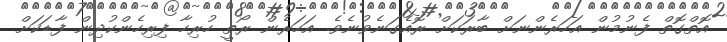
އޮތްގޮތް ފެނުމުން އަހަރެންނަށް ބާރަކަށް ރޮއެގަނެވުނެވެ. އަހަރެން ރޯތީ ހުރިހާ ފިރިހެންކުދިން ފާޑަކަށް